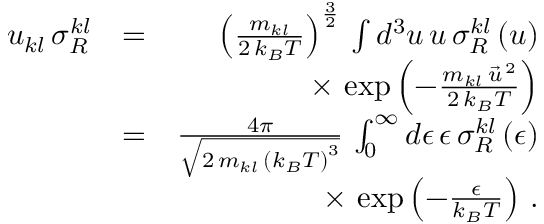
\begin{array} { r l r } { u _ { k l } \, \sigma _ { R } ^ { k l } } & { = } & { \left( \frac { m _ { k l } } { 2 \, k _ { B } T } \right) ^ { \frac { 3 } { 2 } } \, \int d ^ { 3 } u \, u \, \sigma _ { R } ^ { k l } \left( u \right) } \\ & { } & { \times \, \exp \left( - \frac { m _ { k l } \, \vec { u } ^ { \, 2 } } { 2 \, k _ { B } T } \right) } \\ & { = } & { \frac { 4 \pi } { \sqrt { 2 \, m _ { k l } \, \left( k _ { B } T \right) ^ { 3 } } } \, \int _ { 0 } ^ { \infty } d \epsilon \, \epsilon \, \sigma _ { R } ^ { k l } \left( \epsilon \right) } \\ & { } & { \times \, \exp \left( - \frac { \epsilon } { k _ { B } T } \right) \, . } \end{array}